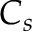
C _ { s }